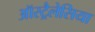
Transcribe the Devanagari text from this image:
ऑस्ट्रैलेसिया